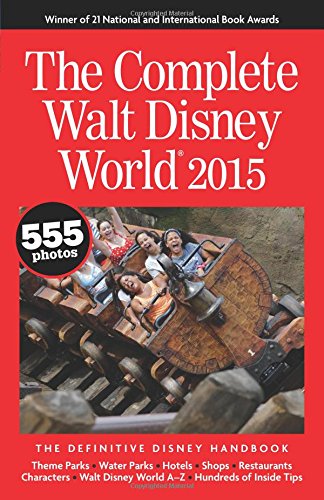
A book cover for The Complete Walt Disney World 2015: The Definitive Disney Handbook; Julie Neal; Travel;